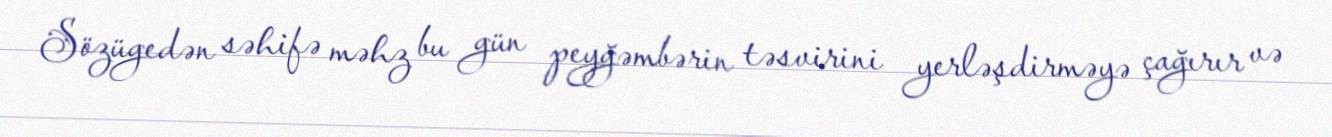
Sözügedən səhifə məhz bu gün peyğəmbərin təsvirini yerləşdirməyə çağırır və